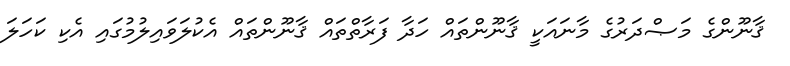
ޤާނޫންގެ މަޞްދަރުގެ މާނައަކީ ޤާނޫންތައް ހަދާ ފަރާތްތައް ޤާނޫންތައް އެކުލަވައިލުމުގައި އެކި ކަހަލަ